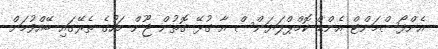
އެންފޯސްމަންޓް އެންޑް ކޮމްޕްލަޔަންސް އާ ގުޅޭ ގޮތުން ޖޫން މަހުގެ ތެރޭގައި ބޭއްވުމަށް